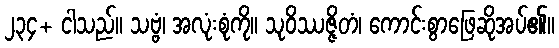
၂၃၄+ ငါသည်။ သဗ္ဗံ၊ အလုံးစုံကို။ သုဝိဿဇ္ဇိတံ၊ ကောင်းစွာဖြေဆိုအပ်၏။